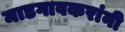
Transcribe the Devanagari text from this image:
माडगावकरांनी